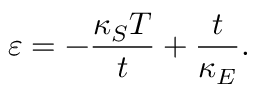
\varepsilon = - \frac { \kappa _ { S } T } { t } + \frac { t } { \kappa _ { E } } .